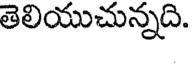
తెలియుచున్నది.